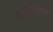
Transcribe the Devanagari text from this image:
कृषिकार